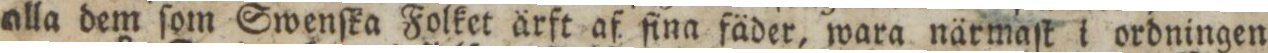
alla dem ſom Swenſka Folket ärft af ſina fäder, wara närmaſt i ordningen